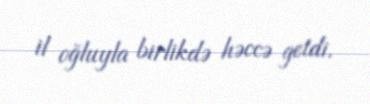
il oğluyla birlikdə həccə getdi.